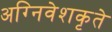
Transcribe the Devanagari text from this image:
अग्निवेशकृते